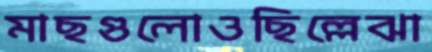
মাছগুলোওছিল্লেঝা